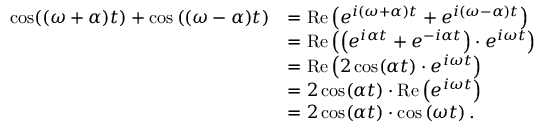
{ \begin{array} { r l } { \cos ( ( \omega + \alpha ) t ) + \cos \left( ( \omega - \alpha ) t \right) } & { = \operatorname { R e } \left( e ^ { i ( \omega + \alpha ) t } + e ^ { i ( \omega - \alpha ) t } \right) } \\ & { = \operatorname { R e } \left( \left( e ^ { i \alpha t } + e ^ { - i \alpha t } \right) \cdot e ^ { i \omega t } \right) } \\ & { = \operatorname { R e } \left( 2 \cos ( \alpha t ) \cdot e ^ { i \omega t } \right) } \\ & { = 2 \cos ( \alpha t ) \cdot \operatorname { R e } \left( e ^ { i \omega t } \right) } \\ & { = 2 \cos ( \alpha t ) \cdot \cos \left( \omega t \right) . } \end{array} }